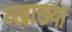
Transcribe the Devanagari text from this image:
व्खाख्या